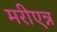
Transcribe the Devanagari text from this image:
मरीएन्न